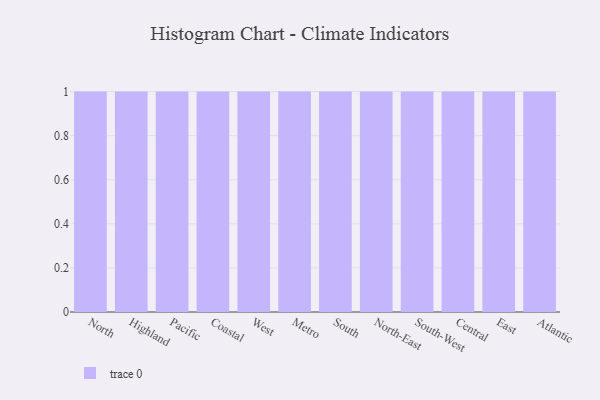
{"axis": {"x": "Region", "y": "Shipments"}, "legend": [""], "data": [{"x": "North", "y": 19, "type": ""}, {"x": "Highland", "y": 75, "type": ""}, {"x": "Pacific", "y": 12, "type": ""}, {"x": "Coastal", "y": 12, "type": ""}, {"x": "West", "y": 37, "type": ""}, {"x": "Metro", "y": 71, "type": ""}, {"x": "South", "y": 77, "type": ""}, {"x": "North-East", "y": 62, "type": ""}, {"x": "South-West", "y": 50, "type": ""}, {"x": "Central", "y": 47, "type": ""}, {"x": "East", "y": 69, "type": ""}, {"x": "Atlantic", "y": 61, "type": ""}]}